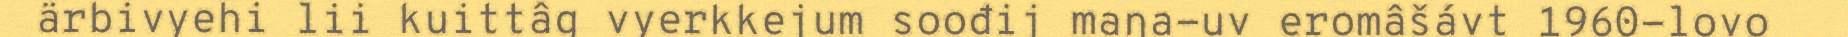
ärbivyehi lii kuittâg vyerkkejum soođij maŋa-uv eromâšávt 1960-lovo